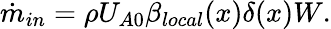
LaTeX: \begin{array}{r}{\dot{m}_{in}=\rho U_{A0}\beta_{local}(x)\delta(x)W.}\end{array}